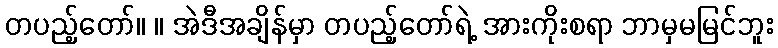
တပည့်တော်။ ။ အဲဒီအချိန်မှာ တပည့်တော်ရဲ့ အားကိုးစရာ ဘာမှမမြင်ဘူး